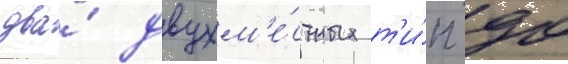
два́ двухм'е́стных т'и́п 90